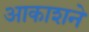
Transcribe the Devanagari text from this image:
आकाशने